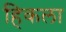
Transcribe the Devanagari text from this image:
हिकला